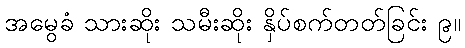
အမွေခံ သားဆိုး သမီးဆိုး နှိပ်စက်တတ်ခြင်း ၉။